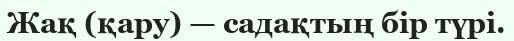
Жақ (қару) — садақтың бір түрі.